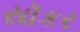
સૉકર